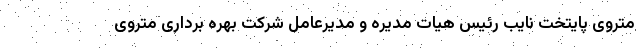
متروی پایتخت نایب رئیس هیات مدیره و مدیرعامل شرکت بهره برداری متروی